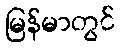
မြန်မာတွင်